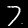
Label: 7